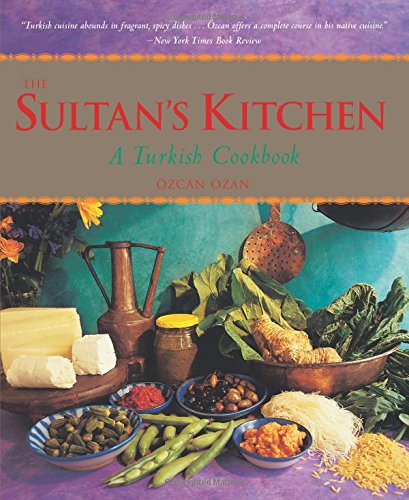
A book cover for Sultan's Kitchen: A Turkish Cookbook; Ozcan Ozan; Cookbooks, Food & Wine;